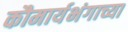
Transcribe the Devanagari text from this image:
कौमार्यभंगाच्या